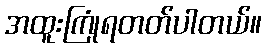
အထူးကြုံရတတ်ပါတယ်။